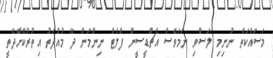
މަސައްކަތް ނުނިމި ލަސްވި ނަމަވެސް އެޗްޑީސީން ފްލެޓް ނިންމަން ދޭ މުއްދަތު އިތުރުކޮށްދޭތީ